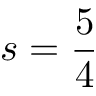
s = \frac { 5 } { 4 }